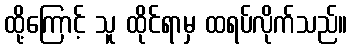
ထို့ကြောင့် သူ ထိုင်ရာမှ ထရပ်လိုက်သည်။